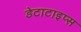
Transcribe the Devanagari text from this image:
डेटाटाइप्स